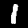
Label: 1